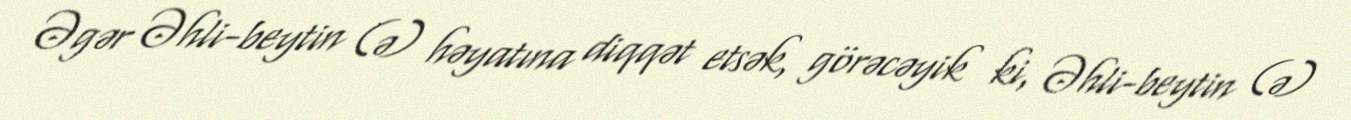
Əgər Əhli-beytin (ə) həyatına diqqət etsək, görəcəyik ki, Əhli-beytin (ə)